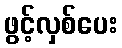
ဖွင့်လှစ်ပေး